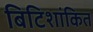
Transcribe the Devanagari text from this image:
बिटिशांकित